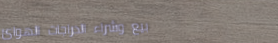
بيع وشراء الدراجات الهوائ